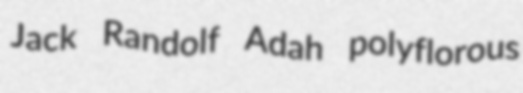
Jack Randolf Adah polyflorous